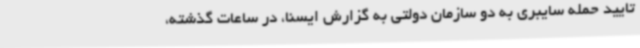
تایید حمله سایبری به دو سازمان دولتی به گزارش ایسنا، در ساعات گذشته،